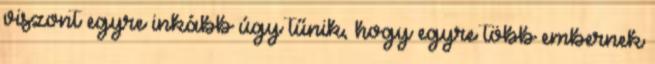
viszont egyre inkább úgy tűnik, hogy egyre több embernek